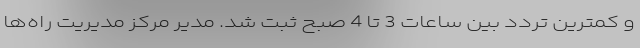
و کمترین تردد بین ساعات 3 تا 4 صبح ثبت شد. مدیر مرکز مدیریت راه‌ها